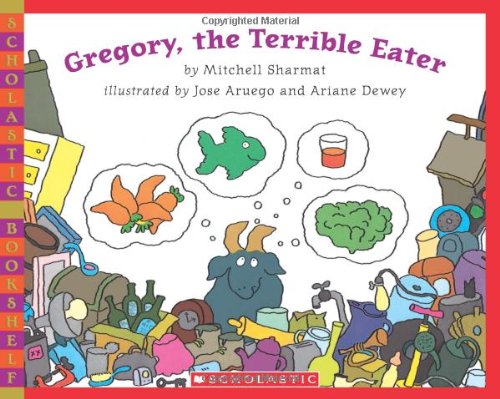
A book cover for Gregory, the Terrible Eater; Mitchell Sharmat; Children's Books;